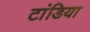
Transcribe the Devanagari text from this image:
टांडिया